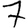
Digit: 7